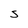
Character: S